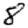
Digit: 8